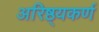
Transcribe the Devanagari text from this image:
अरिष्ठ्यकर्ण